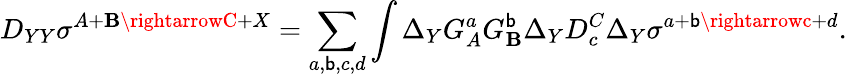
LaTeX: D_{YY}\sigma^{A+\mathbf{B}\rightarrowC+X}=\sum_{a,\mathsf{b},c,d}\int\Delta_{Y}G_{A}^{a}G_{\mathbf{B}}^{\mathsf{b}}\Delta_{Y}D_{c}^{C}\Delta_{Y}\sigma^{a+\mathsf{b}\rightarrowc+d}.